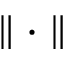
\parallel \cdot \parallel